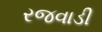
રજવાડી